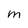
Character: M